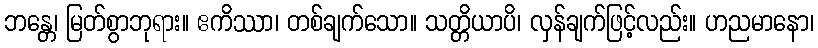
ဘန္တေ၊ မြတ်စွာဘုရား။ ဧကိဿာ၊ တစ်ချက်သော။ သတ္တိယာပိ၊ လှန်ချက်ဖြင့်လည်း။ ဟညမာနော၊